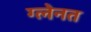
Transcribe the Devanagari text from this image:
ग्लेनत